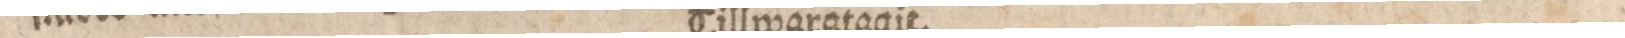
Tillwaratagit.